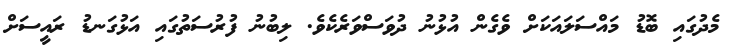
މެދުގައި ބޮޑު މައްސަލައަކަށް ވެގެން އުޅުނު ދުވަސްވަރެކެވެ. ލިބުނު ފުރުސަތުގައި އަޅުގަނޑު ރައީސަށް